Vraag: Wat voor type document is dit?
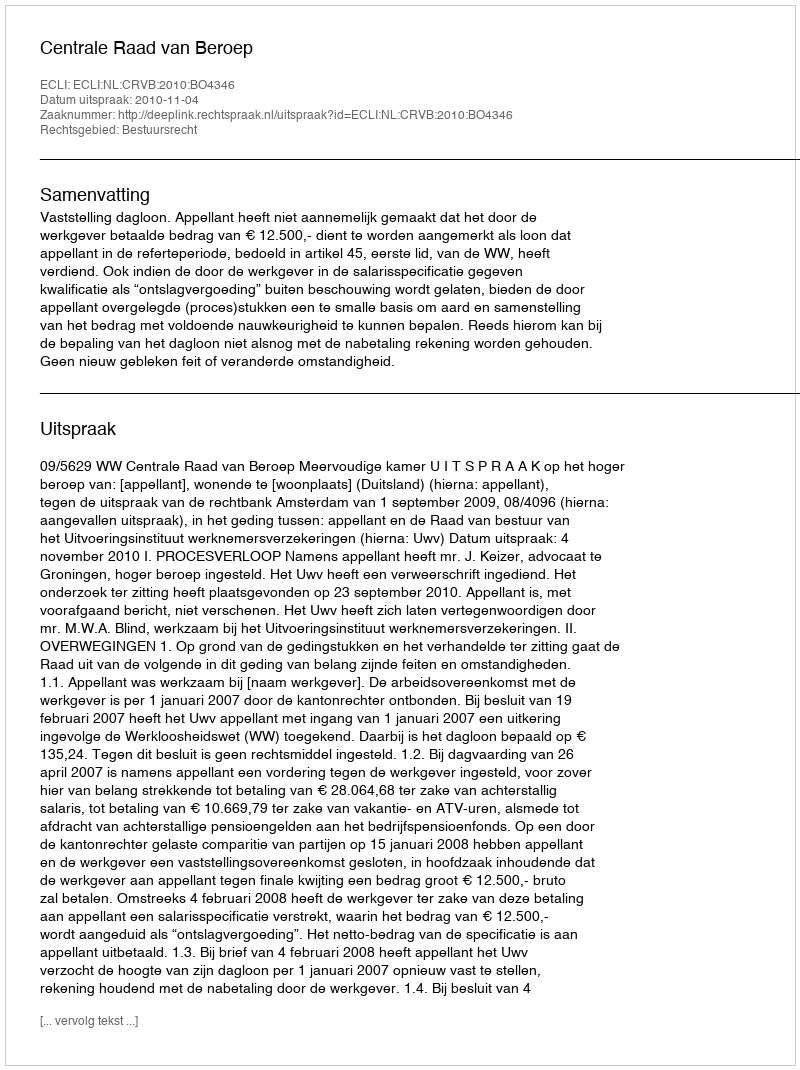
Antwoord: Uitspraak